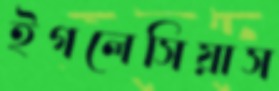
ইগলেসিয়াস